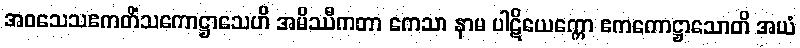
အဝသေသဧကတိံသကောဋ္ဌာသေဟိ အမိဿီကတာ ကေသာ နာမ ပါဋိယေက္ကော ဧကကောဋ္ဌာသောတိ အယံ